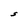
Character: S